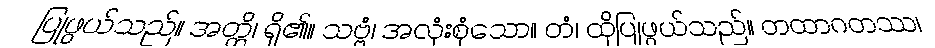
ပြုဖွယ်သည်။ အတ္ထိ၊ ရှိ၏။ သဗ္ဗံ၊ အလုံးစုံသော။ တံ၊ ထိုပြုဖွယ်သည်။ တထာဂတဿ၊